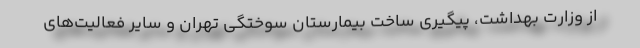
از وزارت بهداشت، پیگیری ساخت بیمارستان سوختگی تهران و سایر فعالیت‌های